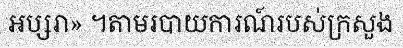
អប្សរា» ។តាមរបាយការណ៍របស់ក្រសួង